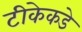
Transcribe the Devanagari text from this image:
टीकेकडे